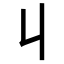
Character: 丩